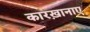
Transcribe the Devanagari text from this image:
कारख़ानाए